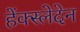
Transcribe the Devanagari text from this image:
हेंक्स्लेदेन